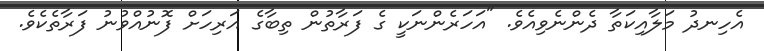
އެހިނދު މަލާއިކަތާ ދެންނެވިއެވެ. "އަހަރެންނަކީ ގެ ފަރާތުން ތިބާގެ އަރިހަށް ފޮނުއްވުނު ފަރާތެކެވެ.